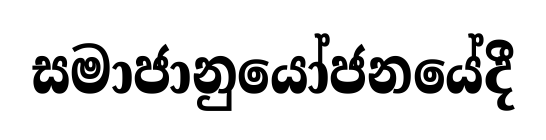
සමාජානුයෝජනයේදී